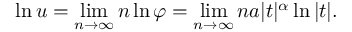
\ln u = \operatorname* { l i m } _ { n \to \infty } n \ln \varphi = \operatorname* { l i m } _ { n \to \infty } n a | t | ^ { \alpha } \ln | t | .